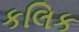
કલિક